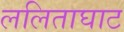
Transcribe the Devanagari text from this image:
ललिताघाट